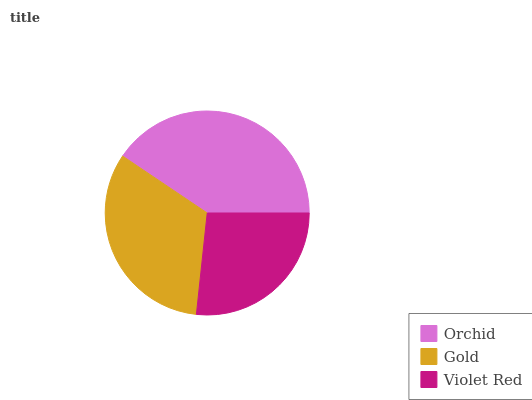
| Orchid | Gold | Violet Red |
 | --- | --- | --- |
 | 40.5% | 32.8% | 26.7% |